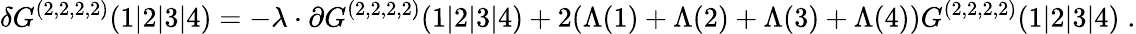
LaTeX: \delta G^{(2,2,2,2)}(1\vert 2\vert 3\vert 4)=-\lambda\cdot\partial G^{(2,2,2,2)}(1\vert 2\vert 3\vert 4)+2(\Lambda(1)+\Lambda(2)+\Lambda(3)+\Lambda(4))G^{(2,2,2,2)}(1\vert 2\vert 3\vert 4)\; .